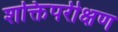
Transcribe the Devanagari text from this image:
शक्तिपरीक्षण